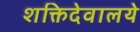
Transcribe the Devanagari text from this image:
शक्तिदेवालये